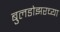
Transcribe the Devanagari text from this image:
बुलडोझरच्या